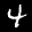
Label: 4